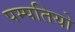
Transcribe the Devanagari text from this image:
पम्‍पतियो